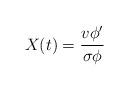
LaTeX: \begin{align*}X(t) = \frac {v \phi'}{\sigma \phi}\end{align*}